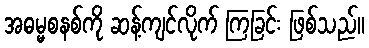
အဓမ္မစနစ်ကို ဆန့်ကျင်လိုက် ကြခြင်း ဖြစ်သည်။